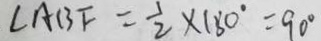
\angle A B F = \frac { 1 } { 2 } \times 1 8 0 ^ { \circ } = 9 0 ^ { \circ }